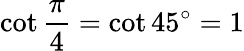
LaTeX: \cot{\frac{\pi}{4}}=\cot 45^{\circ}=1